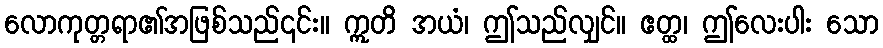
လောကုတ္တရာ၏အဖြစ်သည်၎င်း။ ဣတိ အယံ၊ ဤသည်လျှင်။ ဧတ္ထ၊ ဤလေးပါး သော